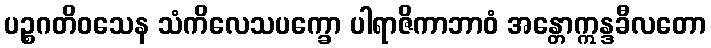
ပဉ္စဂတိဝသေန သံကိလေသပက္ခော ပါရာဇိကာဘာဝံ အန္တောဣန္ဒခီလတော